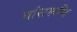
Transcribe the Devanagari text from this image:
वांसरूचि